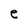
Character: e